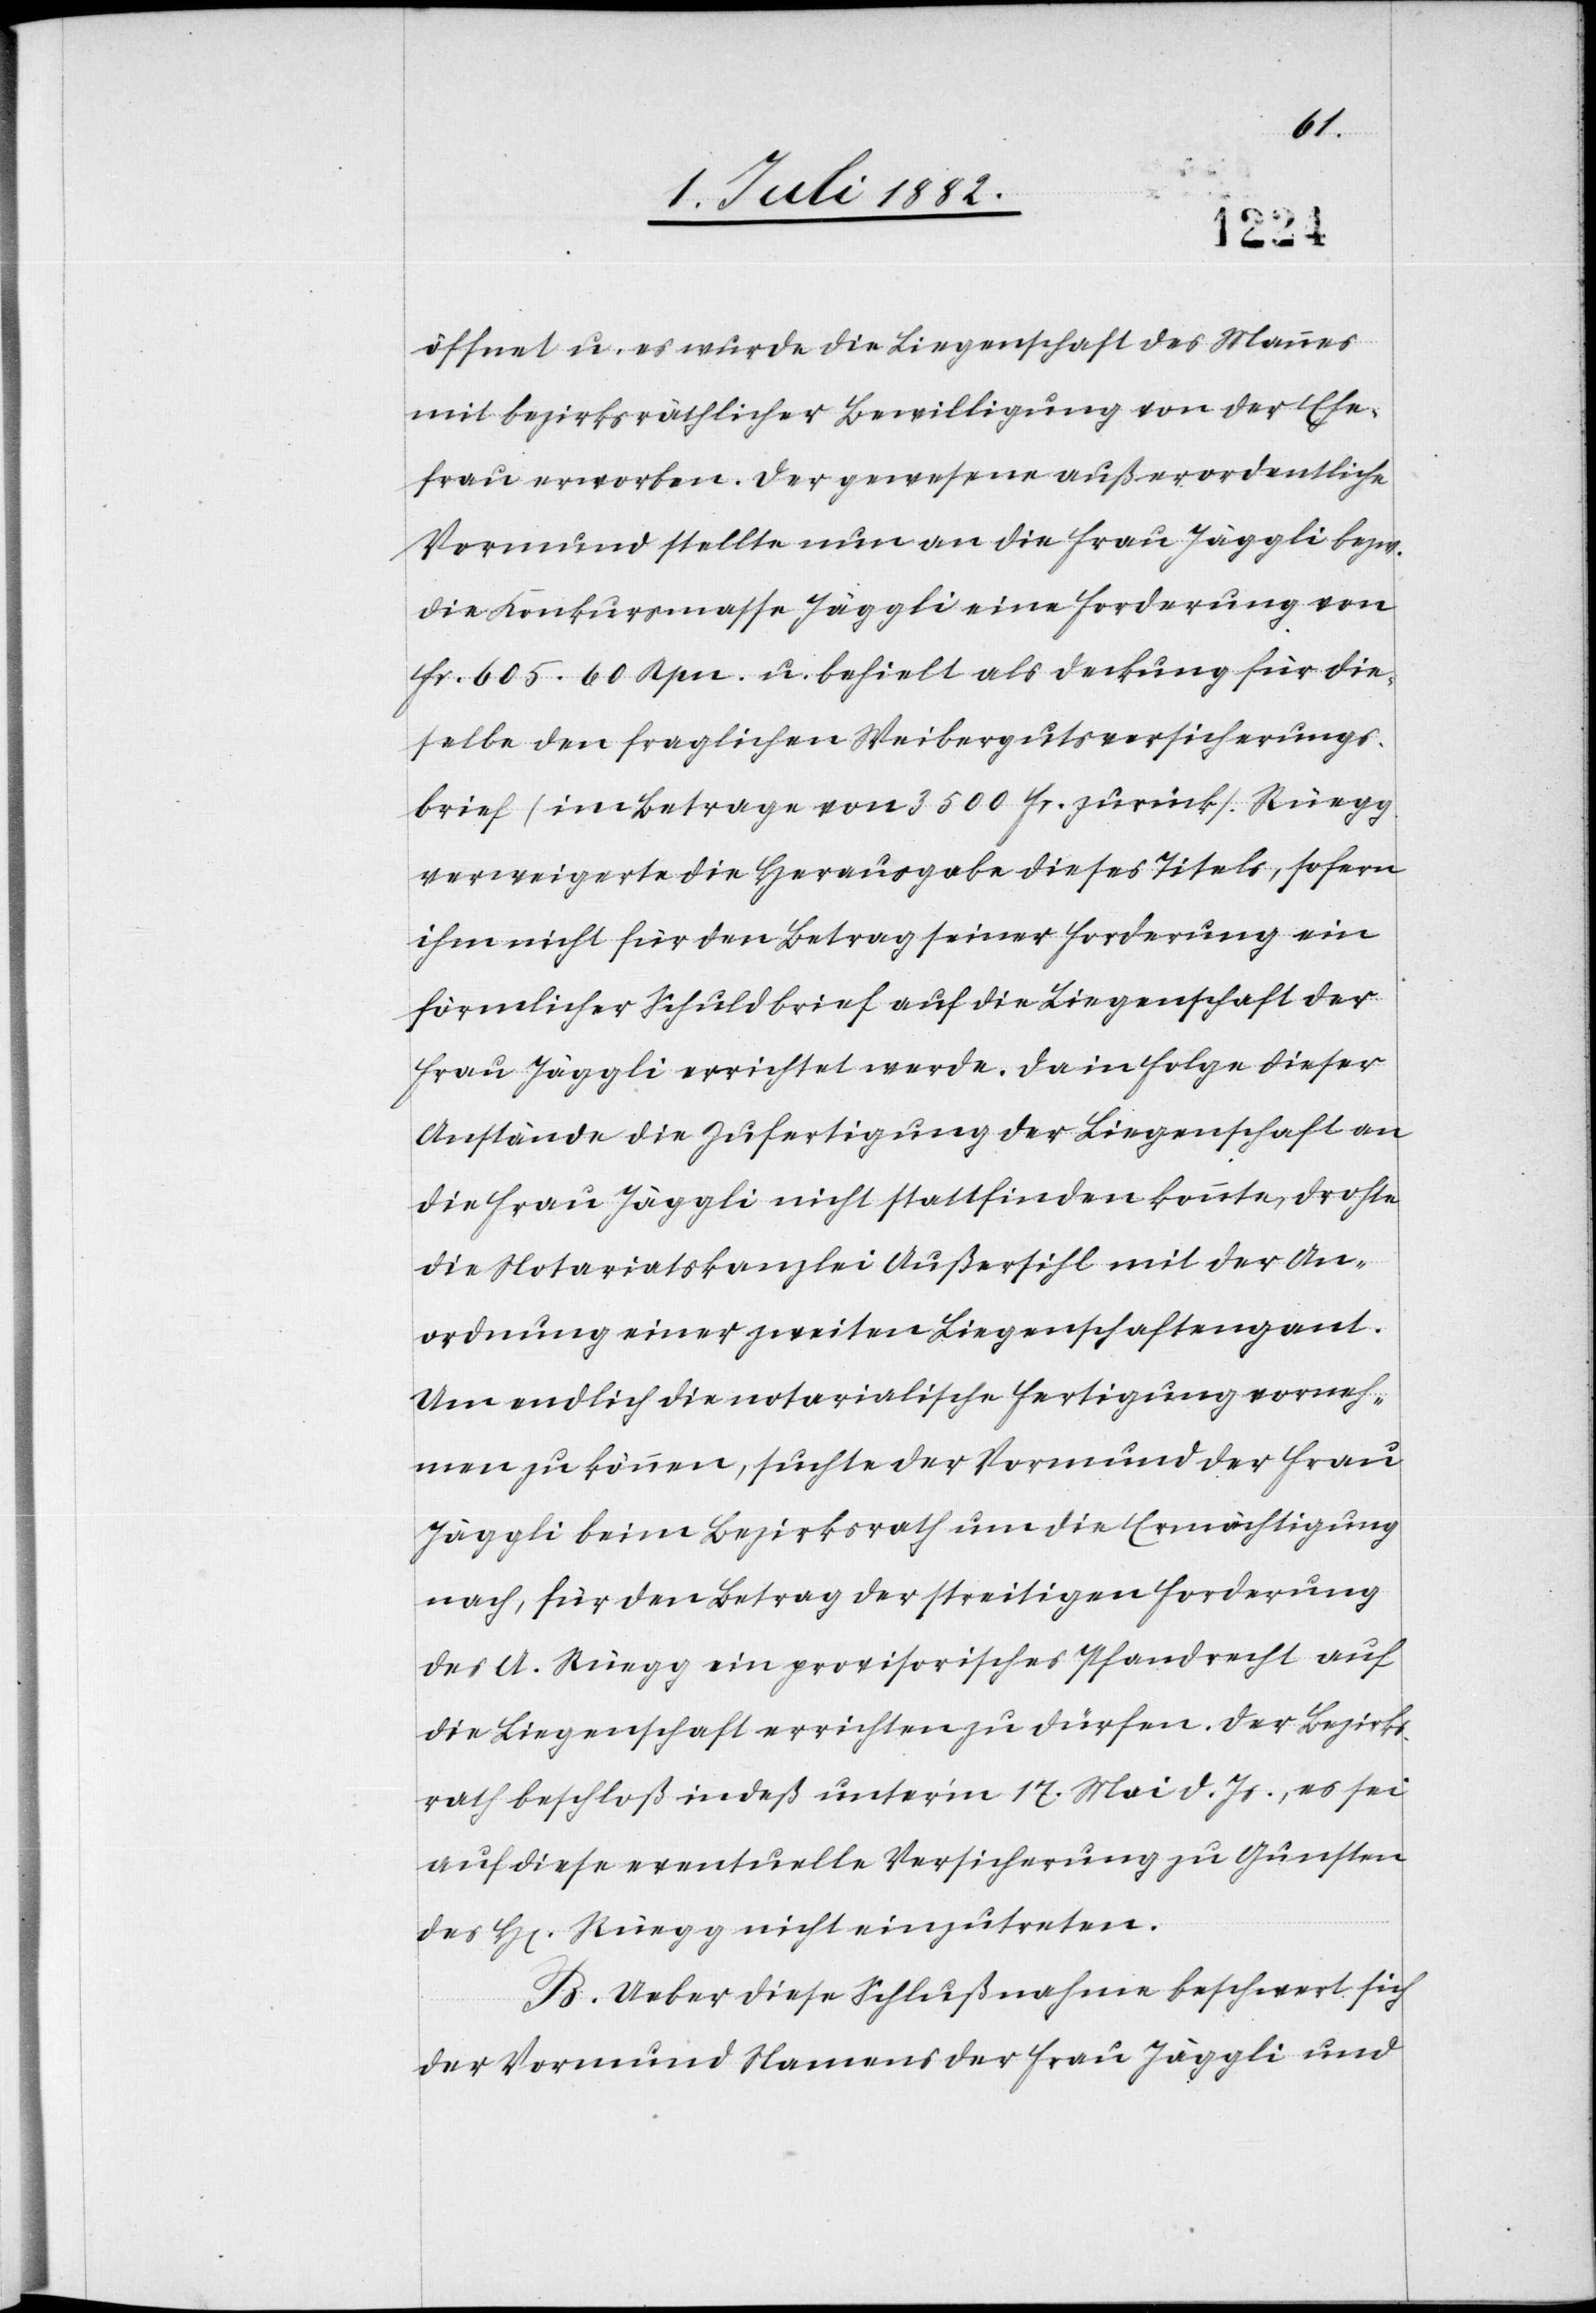
öffnet u. es wurde die Liegenschaft des Mannes
mit bezirksräthlicher Bewilligung von der Ehe¬
frau erworben. Der gewesene außerordentliche
Vormund stellt nun an die Frau Jäggli bezw.
die Konkursmasse Jäggli eine Forderung von
Fr. 605. 60 Rpn. u. behielt als Deckung für die¬
selbe den fraglichen Weibergutsversicherungs¬
brief (im Betrage von 3500 Fr.) zurück. Rüegg
verweigerte die Herausgabe dieses Titels, sofern
ihm nicht für den Betrag seiner Forderung ein
förmlicher Schuldbrief auf die Liegenschaft der
Frau Jäggli errichtet werde. Da in Folge dieser
Anstände die Zufertigung der Liegenschaft an
die Frau Jäggli nicht stattfinden konnte, drohte
die Notariatskanzlei Außersihl mit der An¬
ordnung einer zweiten Liegenschaftengant.
Um endlich die notarialische Fertigung vorneh¬
men zu können, suchte der Vormund der Frau
Jäggli beim Bezirksrath um die Ermächtigung
nach, für den Betrag der streitigen Forderung
des A. Rüegg ein provisorisches Pfandrecht auf
die Liegenschaft errichten zu dürfen. Der Bezirks¬
rath beschloß indeß unter’m 17. Mai d. Js., es sei
auf diese eventuelle Versicherung zu Gunsten
des H[erren] Rüegg nicht einzutreten.
B. Ueber diese Schlußnahme beschwert sich
der Vormund Namens der Frau Jäggli und